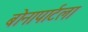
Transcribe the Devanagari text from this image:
बोनापार्टला